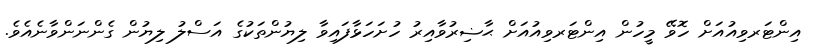
އިންޓަރވިއުއަށް ހޮވޭ މީހުން އިންޓަރވިއުއަށް ޙާޟިރުވާއިރު ހުށަހަޅާފައިވާ ލިޔުންތަކުގެ އަސްލު ލިޔުން ގެންނަންވާނެއެވެ.